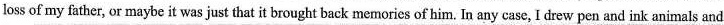
loss of my father, or maybe it was just that it brought back memories of him. In any case, I drew pen and ink animals and